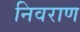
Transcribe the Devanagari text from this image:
निवराण